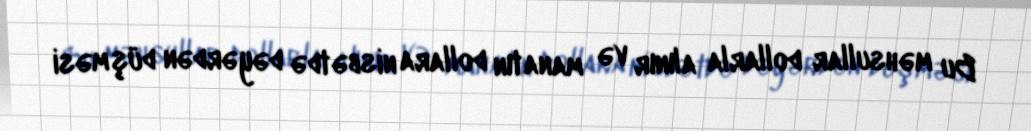
Bu məhsullar dollarla alınır və manatın dollara nisbətdə dəyərdən düşməsi